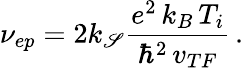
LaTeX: \nu_{ep}=2k_{\mathscr{S}}\frac{{e^{2}\, k_{B}\, T_{i}}}{{\hbar^{2}\, v_{TF}}}\, .